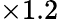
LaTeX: \times 1.2